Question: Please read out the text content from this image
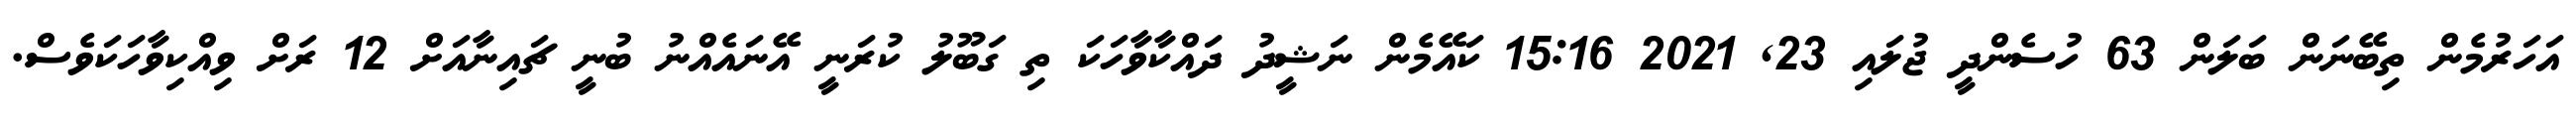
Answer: އަހަރުމެން ތިބޭނަން ބަލަން 63 ހުސެންދީ ޖުލައި 23, 2021 15:16 ކައޭމެން ނަޝީދު ދައްކާވާހަކަ ތި ގަބޫލު ކުރަނީ އޭނައެއްނު ބުނީ ޗައިނާއަށް 12 ރަށް ވިއްކިވާހަކަވެސް.